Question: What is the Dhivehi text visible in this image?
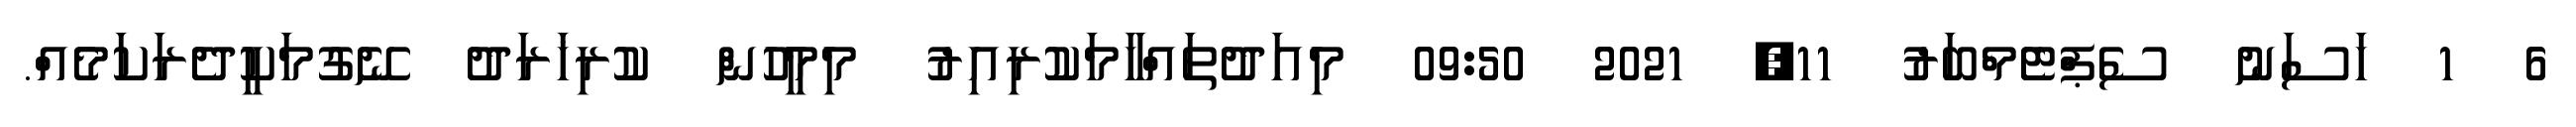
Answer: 6 1 ހަސަނު ސެޕްޓެމްބަރު 11, 2021 09:50 މިއަދުތައްހާމަކުރިއިރު މިމީހުން ކުރިޚަރަދު ނޭގުމަކީދެރަކަމެއް.